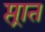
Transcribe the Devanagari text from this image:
प्त्रात